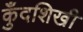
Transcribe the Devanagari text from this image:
कुँदशिखी